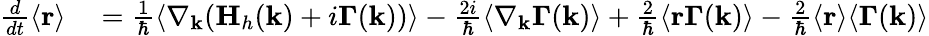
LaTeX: \begin{array}{rl}{\frac{d}{dt}\langle\mathbf{r}\rangle}&{{}=\frac{1}{\hbar}\langle\nabla_{\mathbf{k}}(\mathbf{H}_{h}(\mathbf{k})+i\mathbf{\Gamma}(\mathbf{k}))\rangle-\frac{2i}{\hbar}\langle\nabla_{\mathbf{k}}\mathbf{\Gamma}(\mathbf{k})\rangle+\frac{2}{\hbar}\langle\mathbf{r}\mathbf{\Gamma}(\mathbf{k})\rangle-\frac{2}{\hbar}\langle\mathbf{r}\rangle\langle\mathbf{\Gamma}(\mathbf{k})\rangle}\end{array}